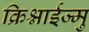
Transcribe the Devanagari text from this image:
क्रिश्नाईज्मु